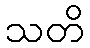
သတိ